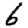
Digit: 6